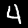
Digit: 4